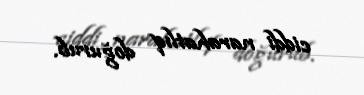
ciddi narahatlıq doğurub.